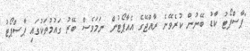
"ޕާސްޕޯޓު ކާޑު ބޭނުން ކުރެވޭނެ ރާއްޖޭގެ އެއާޕޯޓުން ނަމަވެސް ބޭރު ގައުމުތަކުގައި ޕާސްޕޯޓު